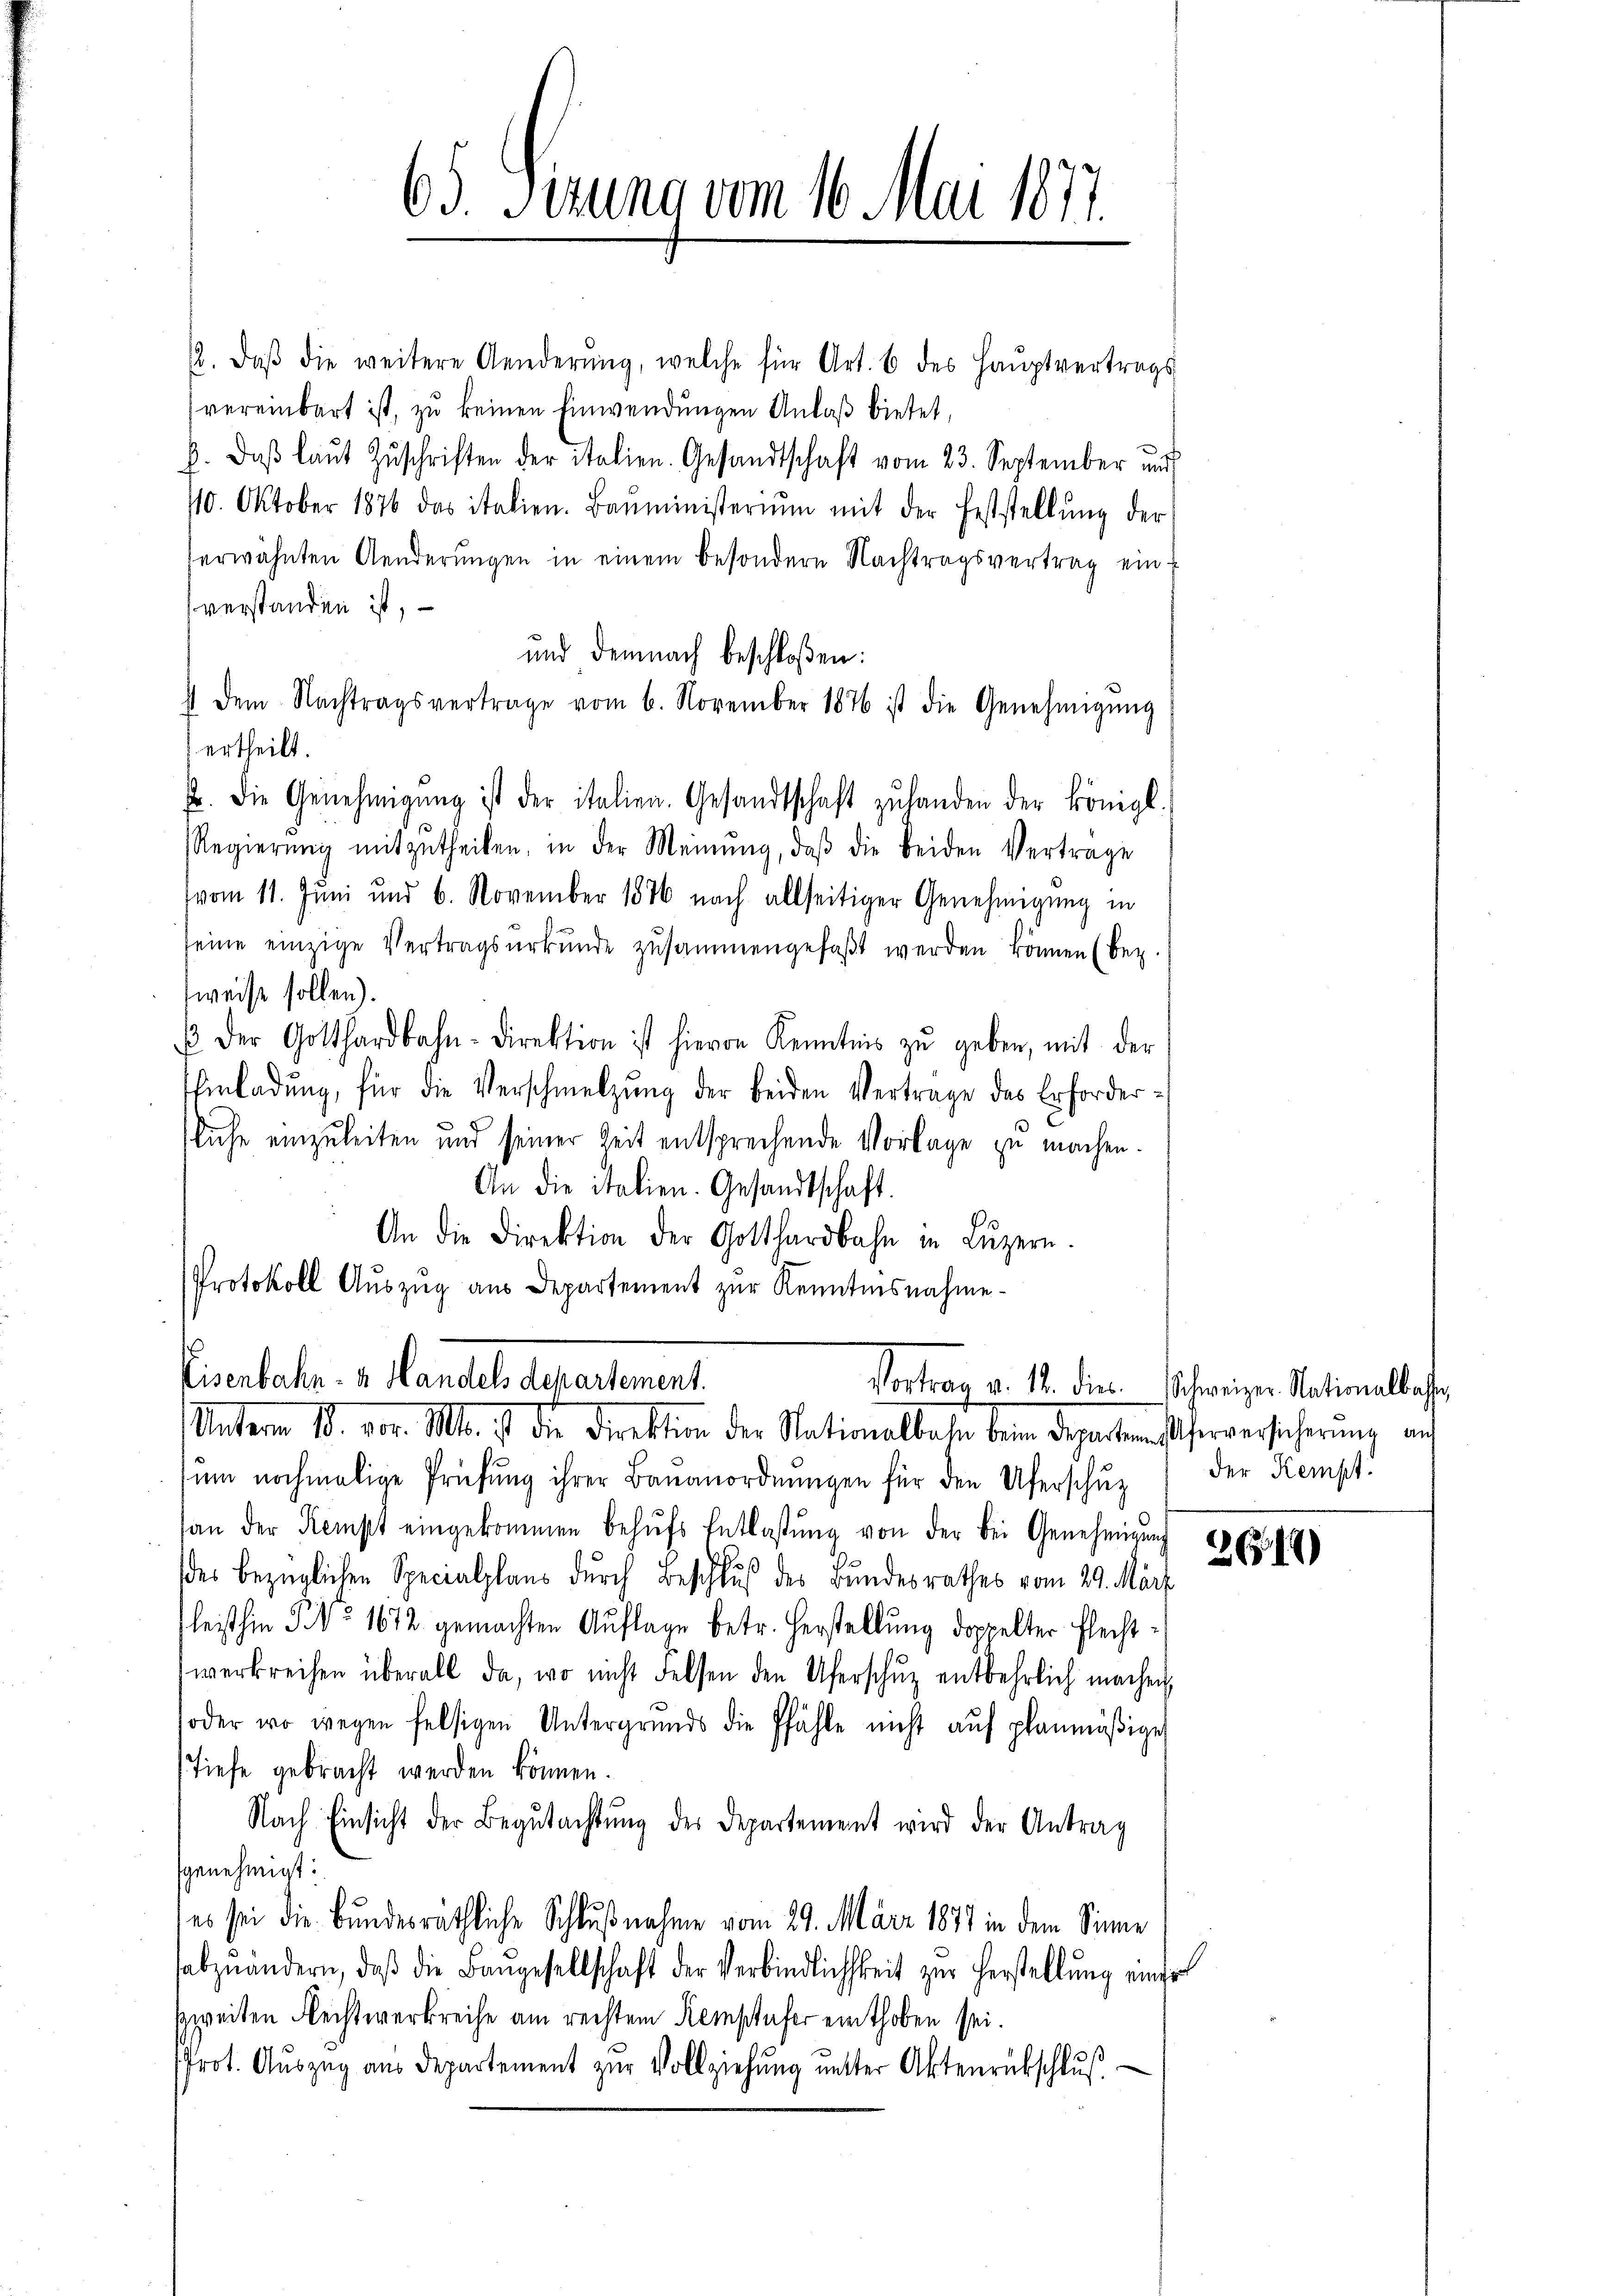
65. Serung vom 16. Mai 1877.

2. daβ die weitere Aenderŭng, welche für Art. 6 des Haŭptvertrags
vereinbart ist, zu keinen Einwendungen Anlaß bietet,
b. daβ laŭt Zŭschriften der italien. Gesandtschaft vom 23. September und
10. Oktober 1876 das italien. Baŭministerium mit der Feststellŭng der
erwähnten Aenderŭngen in einem besondere Nachtragsvertrag ein-
verstanden ist,
und demnach beschloßen:
) dem Nachtragsvertrage vom 6. November 1876 ist die Genehmigŭng
ertheilt.
f. Die Genehmigŭng ist der italien. Gesandtschaft zŭ handen der königl.
Regierŭng mitzutheilen, in der Meinŭng, daβ die beiden Vertrage
vom 11. Juni und 6. November 1876 nach allseitiger Genehmigung in
seine einzige Vertragsurkunde zusammengefaßt werden können (Bez.
weise sollen).
 der Gotthardbahn-Direktion ist hievon Kenntnis zŭ geben, mit der
Einladŭng, für die Verschmelzung der beiden Vertrage des Erforder-
luche einzuleiten und seiner Zeit entsprechende Vorlage zu machen.
An die italien. Gesandtschaft.
An die Direktion der Gotthardbahn in Lŭzern.
Protokoll Auszug aus Departement zur Kenntnisnahme

Eisenbahn-a Handels departement.
Unterm 18. vor. Mts. ist die Direktion der Nationalbahre beim Departemesserversicherung auf

ŭm nochmalige Prüfŭng ihrer Bauanordnŭngen für den Uferschŭz) der Kempt
an der Kempt eingekommen behŭfs Entlastŭng von der bei Genehmigŭng
des bezüglichen Specialplaus durch Beschluß des Bundesrathes vom 29. März
fleist hin No 1672 gemachten Auflage betr. Herstellung doppelter Flechtwerkreichen überall da, wo nicht Felsen den Uferschŭz entbehrlich machen,
soder wo wegen felsigen Untergrunds die Pfähle nicht aŭf planmäβige
Tiefe gebracht werden können.
Nach Einsicht der Begutachtŭng des Departement wird der Antrag
genehmigt:
es sei die Bundesräthliche Schlußnahme vom 29. März 1877 in dem Sinne
habzuändern, daβ die Baŭgesellschaft der Verbindlichkeit zur Herstellung einer
zweiten Rechtwerkreise am rechtem Kemptufer einthoben sei.
Prot. Auszug aus Departement zŭr Vollziehung unter Aktenrückschlŭβ

Vortrag v. 12. dies. Schweizer Nationalbahr

2619)